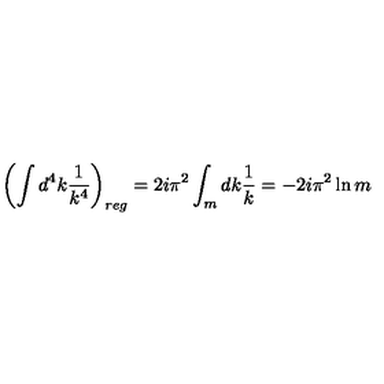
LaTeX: \left( \int d ^ { 4 } k \frac { 1 } { k ^ { 4 } } \right) _ { r e g } = 2 i \pi ^ { 2 } \int _ { m } d k \frac { 1 } { k } = - 2 i \pi ^ { 2 } \ln m